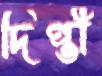
দিপ্তী